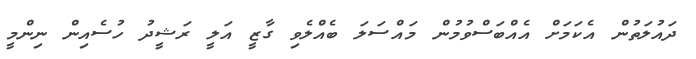
ދައުލަތުން އެކަމަށް އެއްބަސްވުމުން މައްސަލަ ބެއްލެވި ގާޒީ އަލީ ރަޝީދު ހުސެއިން ނިންމީ